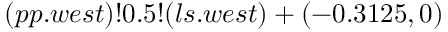
( p p . w e s t ) ! 0 . 5 ! ( l s . w e s t ) + ( - 0 . 3 1 2 5 , 0 )